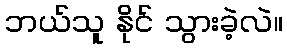
ဘယ်သူ နိုင် သွားခဲ့လဲ။